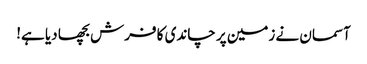
آسمان نے زمین پر چاندی کا فرش بچھا دیا ہے!